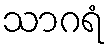
သာဂရံ